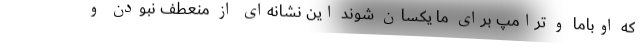
که اوباما و ترامپ برای ما یکسان شوند این نشانه‌ای از منعطف نبودن و